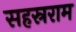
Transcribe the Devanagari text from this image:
सहस्रराम